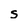
Character: s